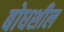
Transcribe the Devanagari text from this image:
बोधशील